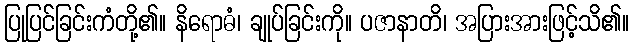
ပြုပြင်ခြင်းကံတို့၏။ နိရောဓံ၊ ချုပ်ခြင်းကို။ ပဇာနာတိ၊ အပြားအားဖြင့်သိ၏။